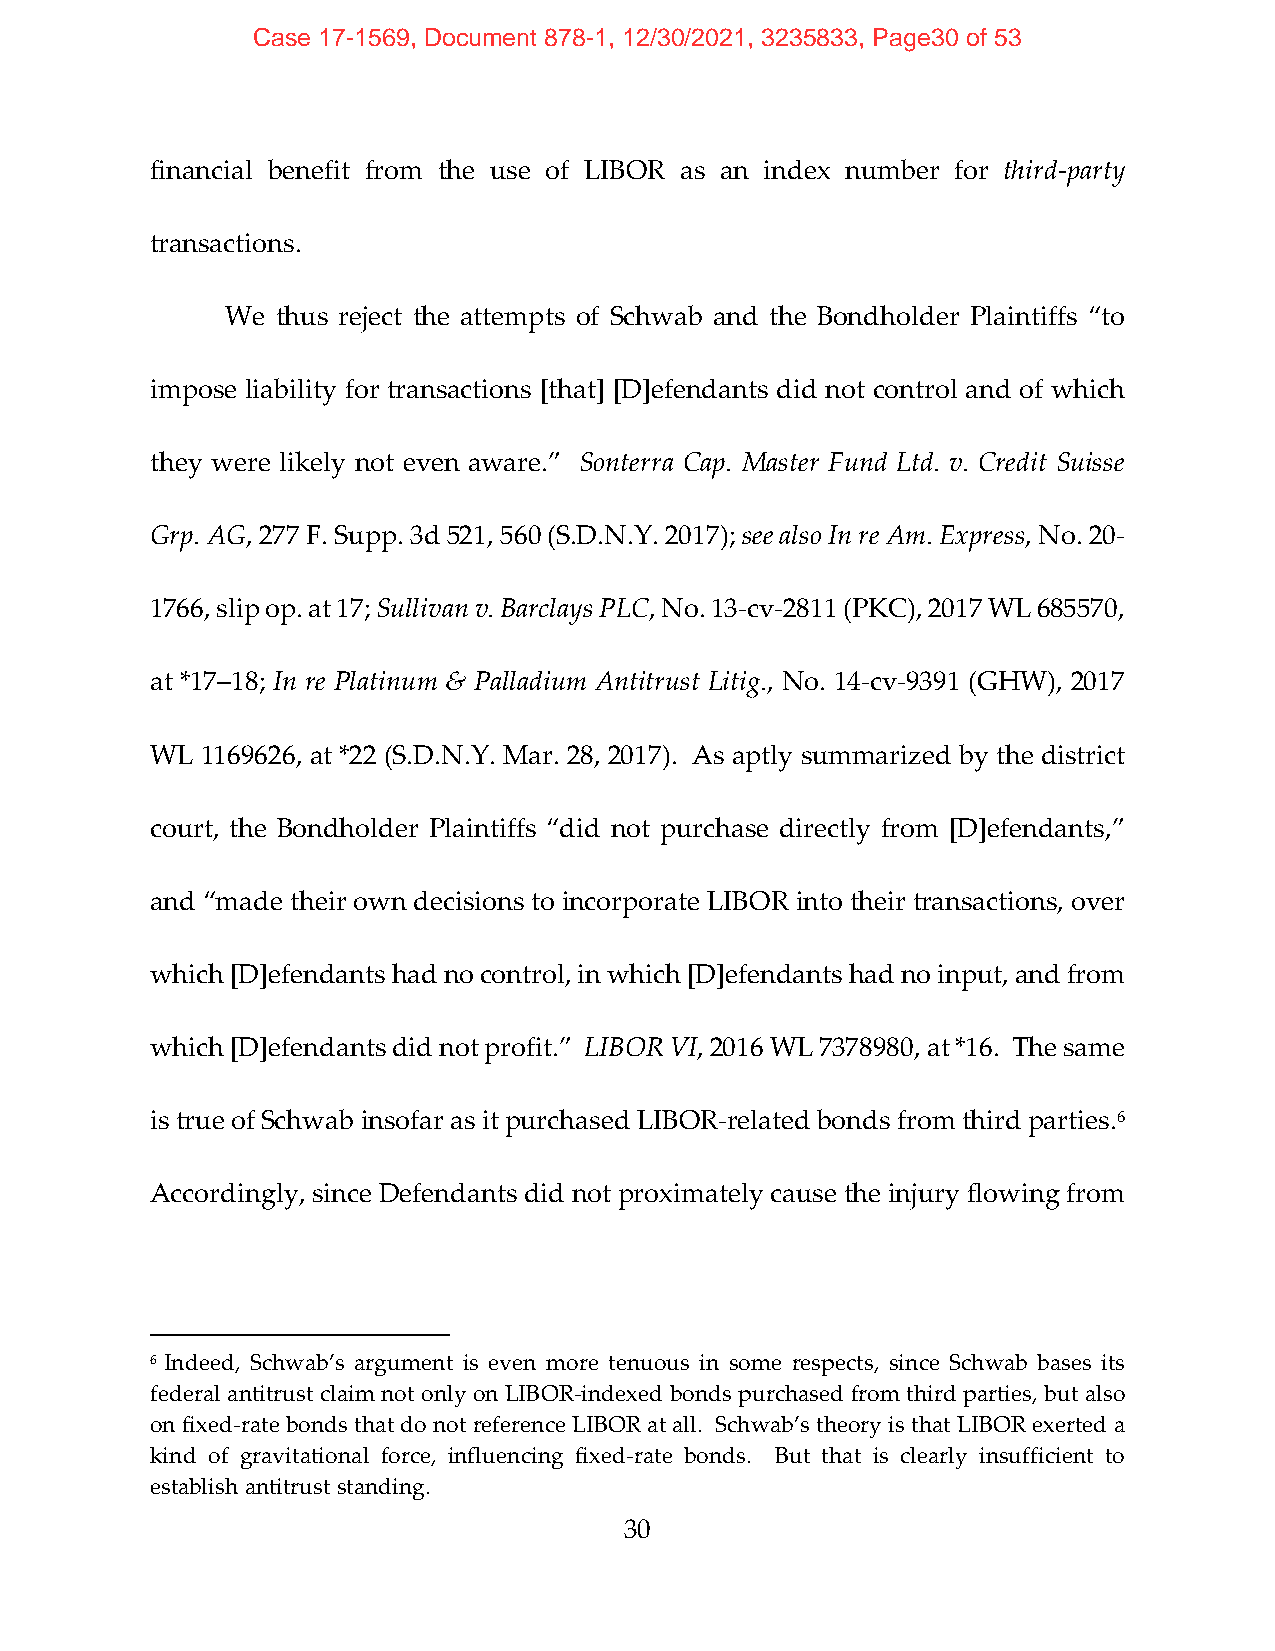
Case 17-1569, Document 878-1, 12/30/2021, 3235833, Page30 of 53
 financial benefit from the use of LIBOR as an index number for third‐party
 transactions.
 We thus reject the attempts of Schwab and the Bondholder Plaintiffs “to
 impose liability for transactions [that] [D]efendants did not control and of which
 they were likely not even aware.” Sonterra Cap. Master Fund Ltd. v. Credit Suisse
 Grp. AG, 277 F. Supp. 3d 521, 560 (S.D.N.Y. 2017); see also In re Am. Express, No. 20‐
 1766, slip op. at 17; Sullivan v. Barclays PLC, No. 13‐cv‐2811 (PKC), 2017 WL 685570,
 at *17–18; In re Platinum & Palladium Antitrust Litig., No. 14‐cv‐9391 (GHW), 2017
 WL 1169626, at *22 (S.D.N.Y. Mar. 28, 2017). As aptly summarized by the district
 court, the Bondholder Plaintiffs “did not purchase directly from [D]efendants,”
 and “made their own decisions to incorporate LIBOR into their transactions, over
 which [D]efendants had no control, in which [D]efendants had no input, and from
 which [D]efendants did not profit.” LIBOR VI, 2016 WL 7378980, at *16. The same
 is true of Schwab insofar as it purchased LIBOR‐related bonds from third parties.6
 Accordingly, since Defendants did not proximately cause the injury flowing from
 6 Indeed, Schwab’s argument is even more tenuous in some respects, since Schwab bases its
 federal antitrust claim not only on LIBOR‐indexed bonds purchased from third parties, but also
 on fixed‐rate bonds that do not reference LIBOR at all. Schwab’s theory is that LIBOR exerted a
 kind of gravitational force, influencing fixed‐rate bonds. But that is clearly insufficient to
 establish antitrust standing.
 30